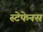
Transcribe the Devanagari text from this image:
स्टेफेनस